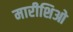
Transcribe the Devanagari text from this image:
मारीशिओ